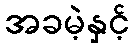
အခမဲ့နှင့်